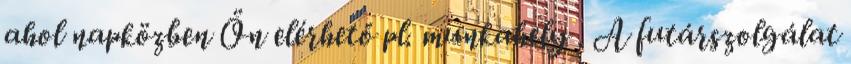
ahol napközben Ön elérhető pl. munkahely . A futárszolgálat